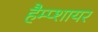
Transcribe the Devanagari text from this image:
हैम्प्शायर